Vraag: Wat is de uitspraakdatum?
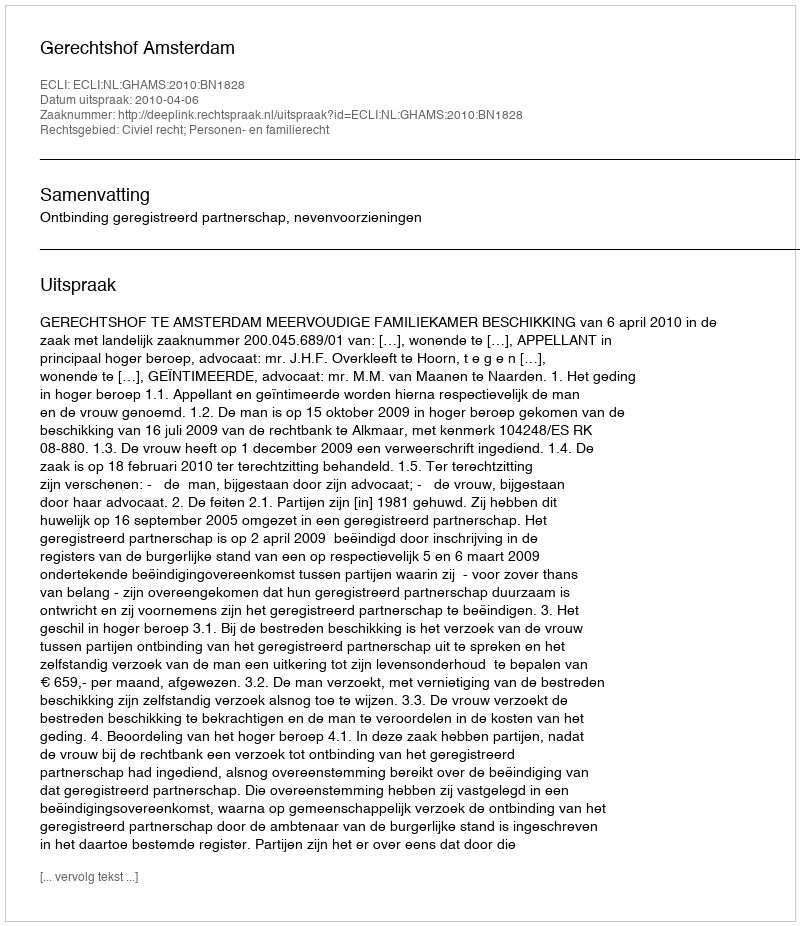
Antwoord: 2010-04-06